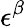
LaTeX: \epsilon^{\beta}